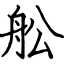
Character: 舩